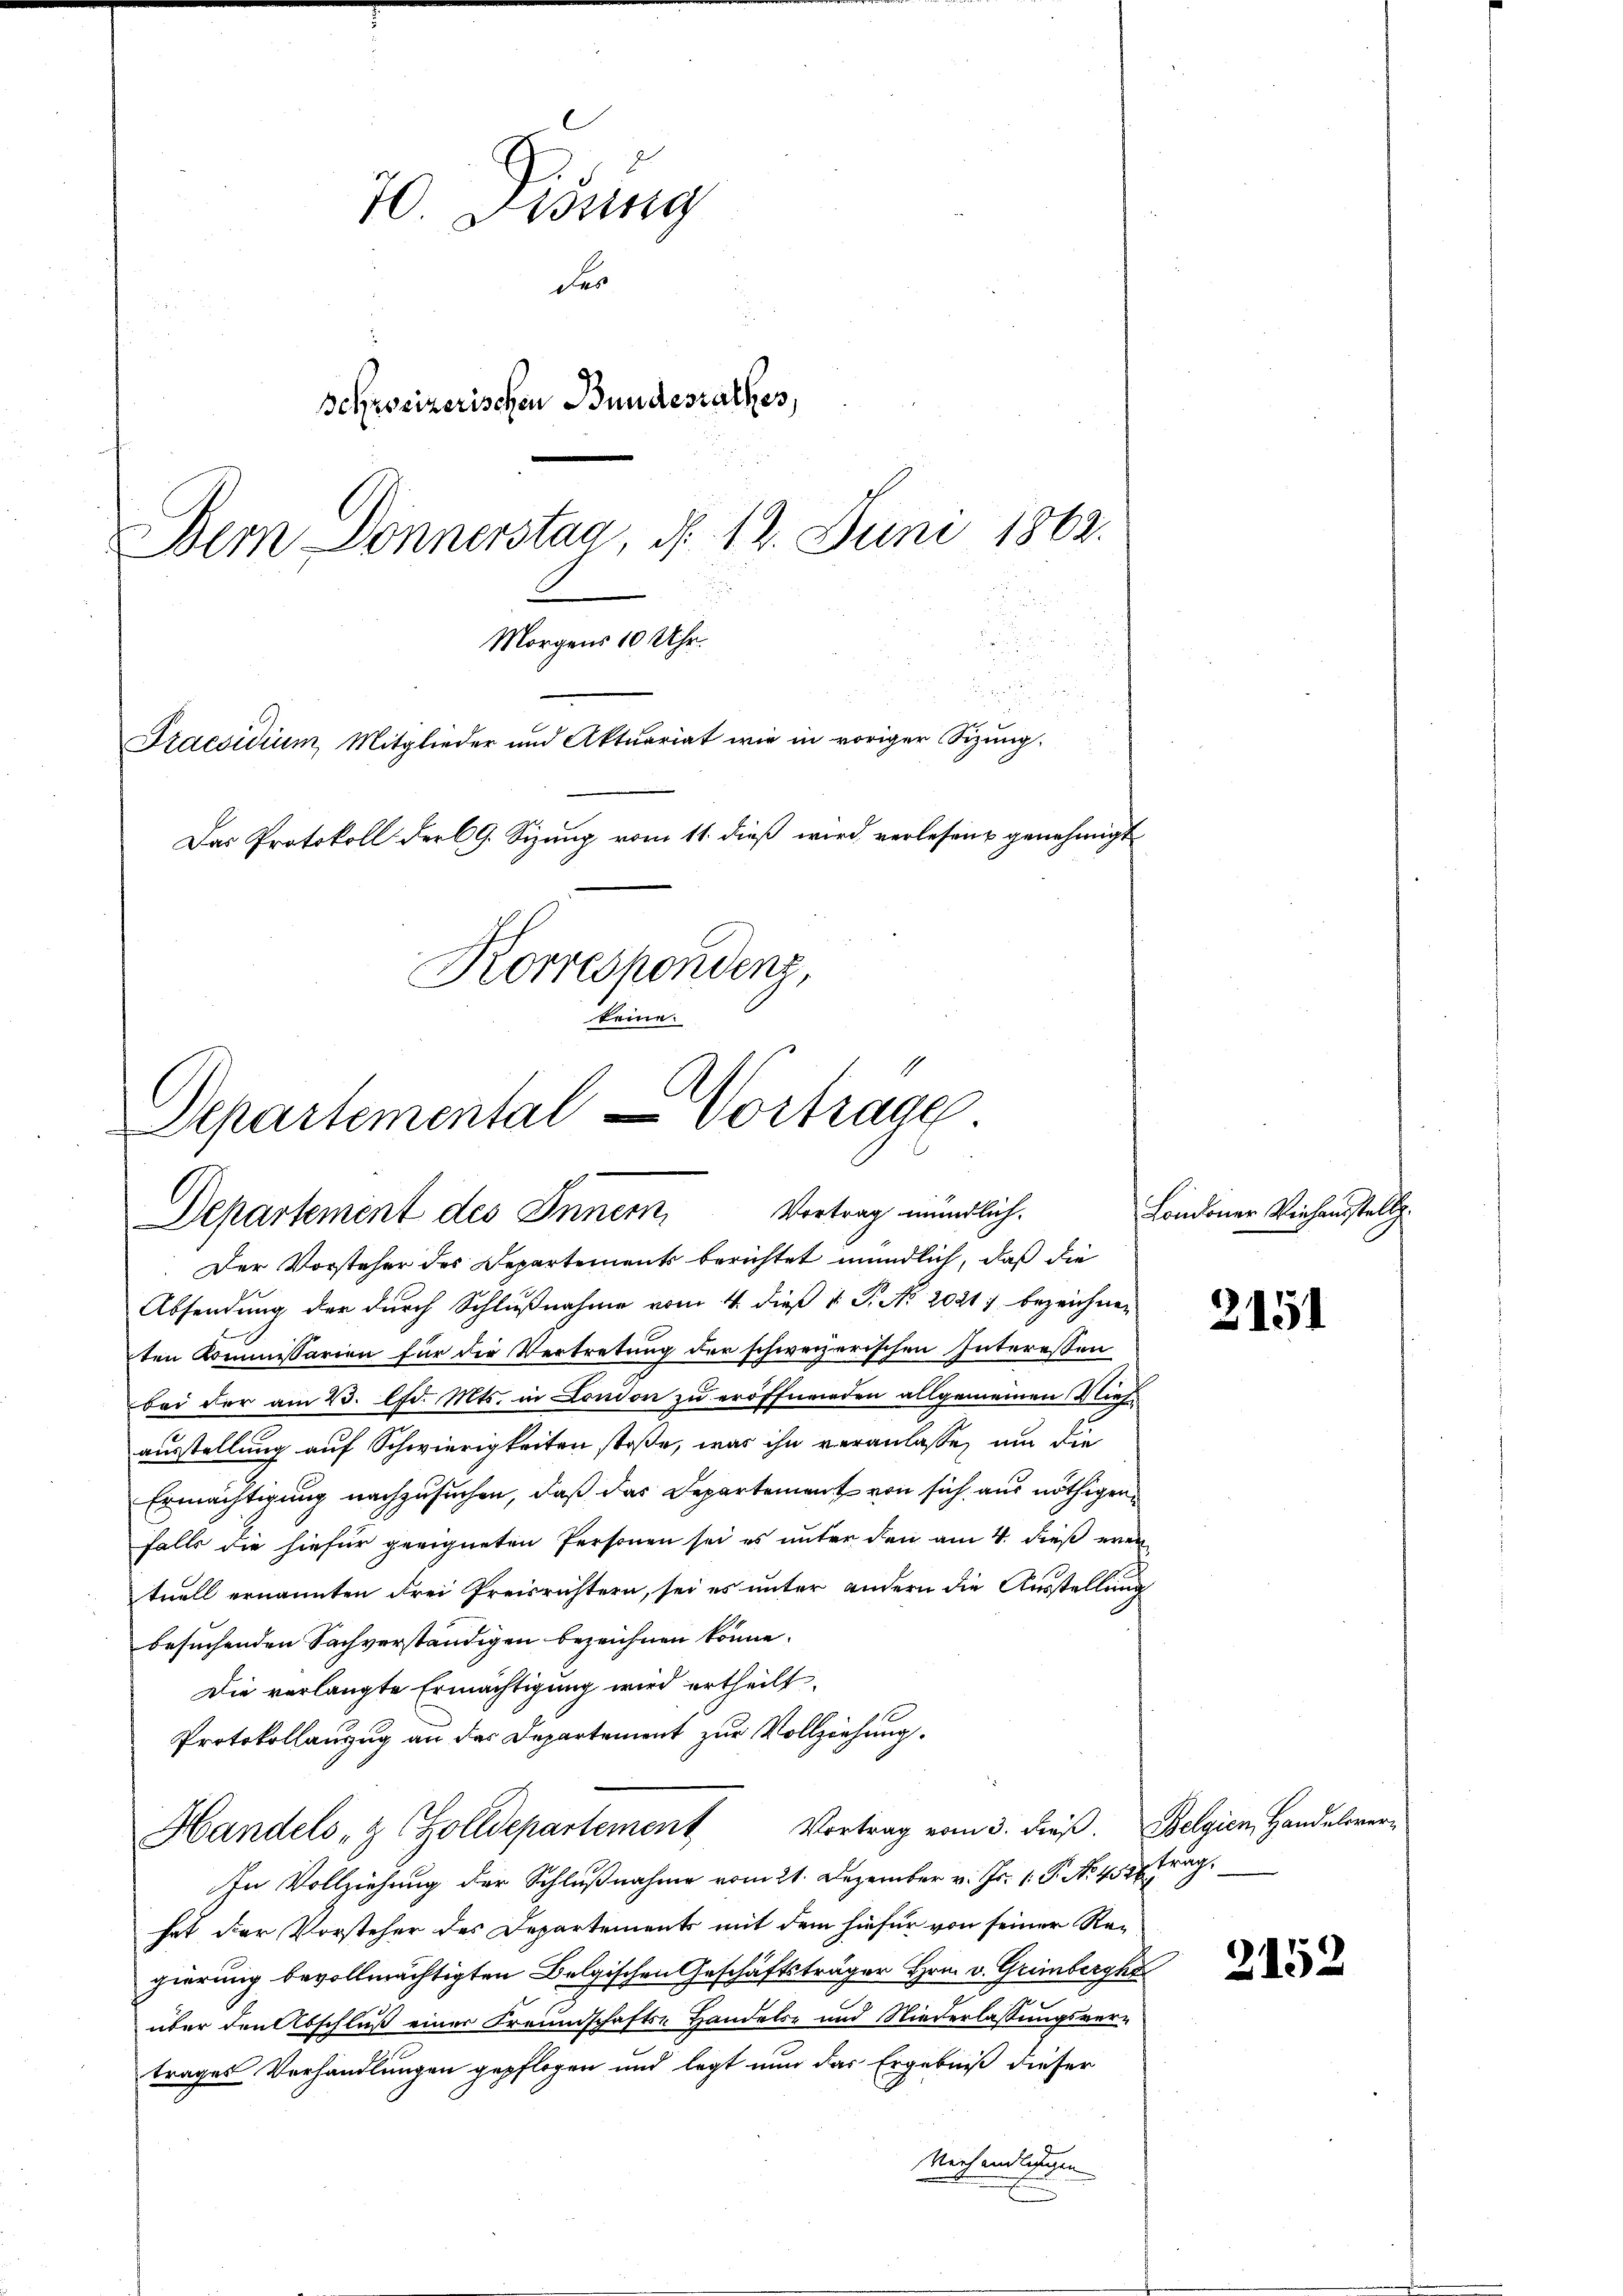
70. Disung
der
Schreizerischen Bundesrathes,
Bern Donnerstag, d. 12. Juni 1862.
Morgens 10 Uhr.
Praesidium, Mitglieder und Aktuariat wie in voriger Sizung.
Das Protokoll der CG. Sizung vom 11. dieß wird verlesen u genehmigt
Korrespondenz,
keine.

Departemental-Vortrage
Departement des Inner Vertrag mündlich.

Der Vorsteher des Departements berichtet mündlich, daß die
Absendung der durch Schlußnahme vom 4. dieß v. P. No. 2021. bezeichnen
ten Kommissarien für die Vertretung der schweizerischen Interessen
bei der am 23. lfd. Mts. in London zu eröffnenden allgemeinen Mieh
ausstellung auf Schwierigkeiten stoße, was ihn veranlasse, um die
Ermächtigung nachzusuchen, daß das Departement von sich aus nöthigen
falls die hiefür geeigneten Personen sei es unter den am 4. dieß even
tuell ernannten drei Preisrichtern, sei es unter andern die Ausstellung
besuchenden Sachverständigen bezeichnen könne.
Die verlangte Ermächtigung wird ertheilt.
Protokollauszug an das Departement zur Vollziehung.
Handels- & Zolldepartement Vortrag vom 3. dieβ. Belgien, Handelsver¬
In Vollziehung der Schlußnahme vom 21. Dezember v. Js. 1. P. No. 452. Frag
hat der Vorsteher des Departements mit dem hiefür von seiner Re-
gierung bevollmächtigten Belgischen Geschäftsträger Hrn. v. Grimbergh
über den Abschluß einer Freundschaftse Handelse und Niederlassungsvertrages Verhandlungen gepflogen und legt nun das Ergebniß dieser
Noch endlichen

Londoner Viehenstellt.

2151

2152